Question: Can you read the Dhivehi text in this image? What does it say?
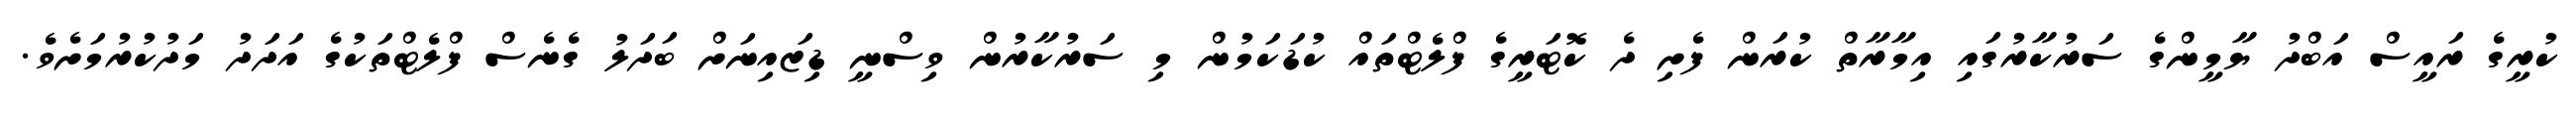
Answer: ކުރީގެ ރައީސް އަބްދު ޔާމީންގެ ސަރުކާރުގައި އިމާރާތް ކުރަން ފެށި ދެ ކޮޓަރީގެ ފްލެޓްތައް ކުޑަކަމުން މި ސަރުކާރުން ވިސްނީ ޑިޒައިނަށް ބަދަލު ގެނެސް ފްލެޓްތަކުގެ އަދަދު މަދުކުރުމަށެވެ.